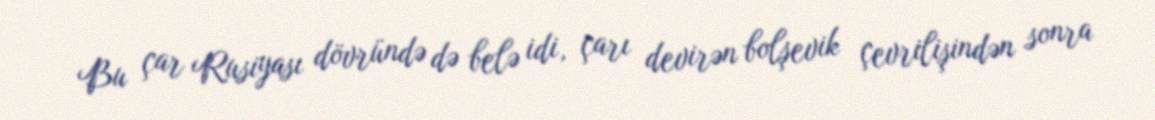
Bu çar Rusiyası dövründə də belə idi, çarı devirən bolşevik çevrilişindən sonra